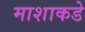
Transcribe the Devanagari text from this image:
माशाकडे